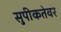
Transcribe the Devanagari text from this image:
सुपीकतेवर